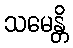
သမေန္တိ